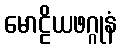
မောဠိယဖဂ္ဂုနံ